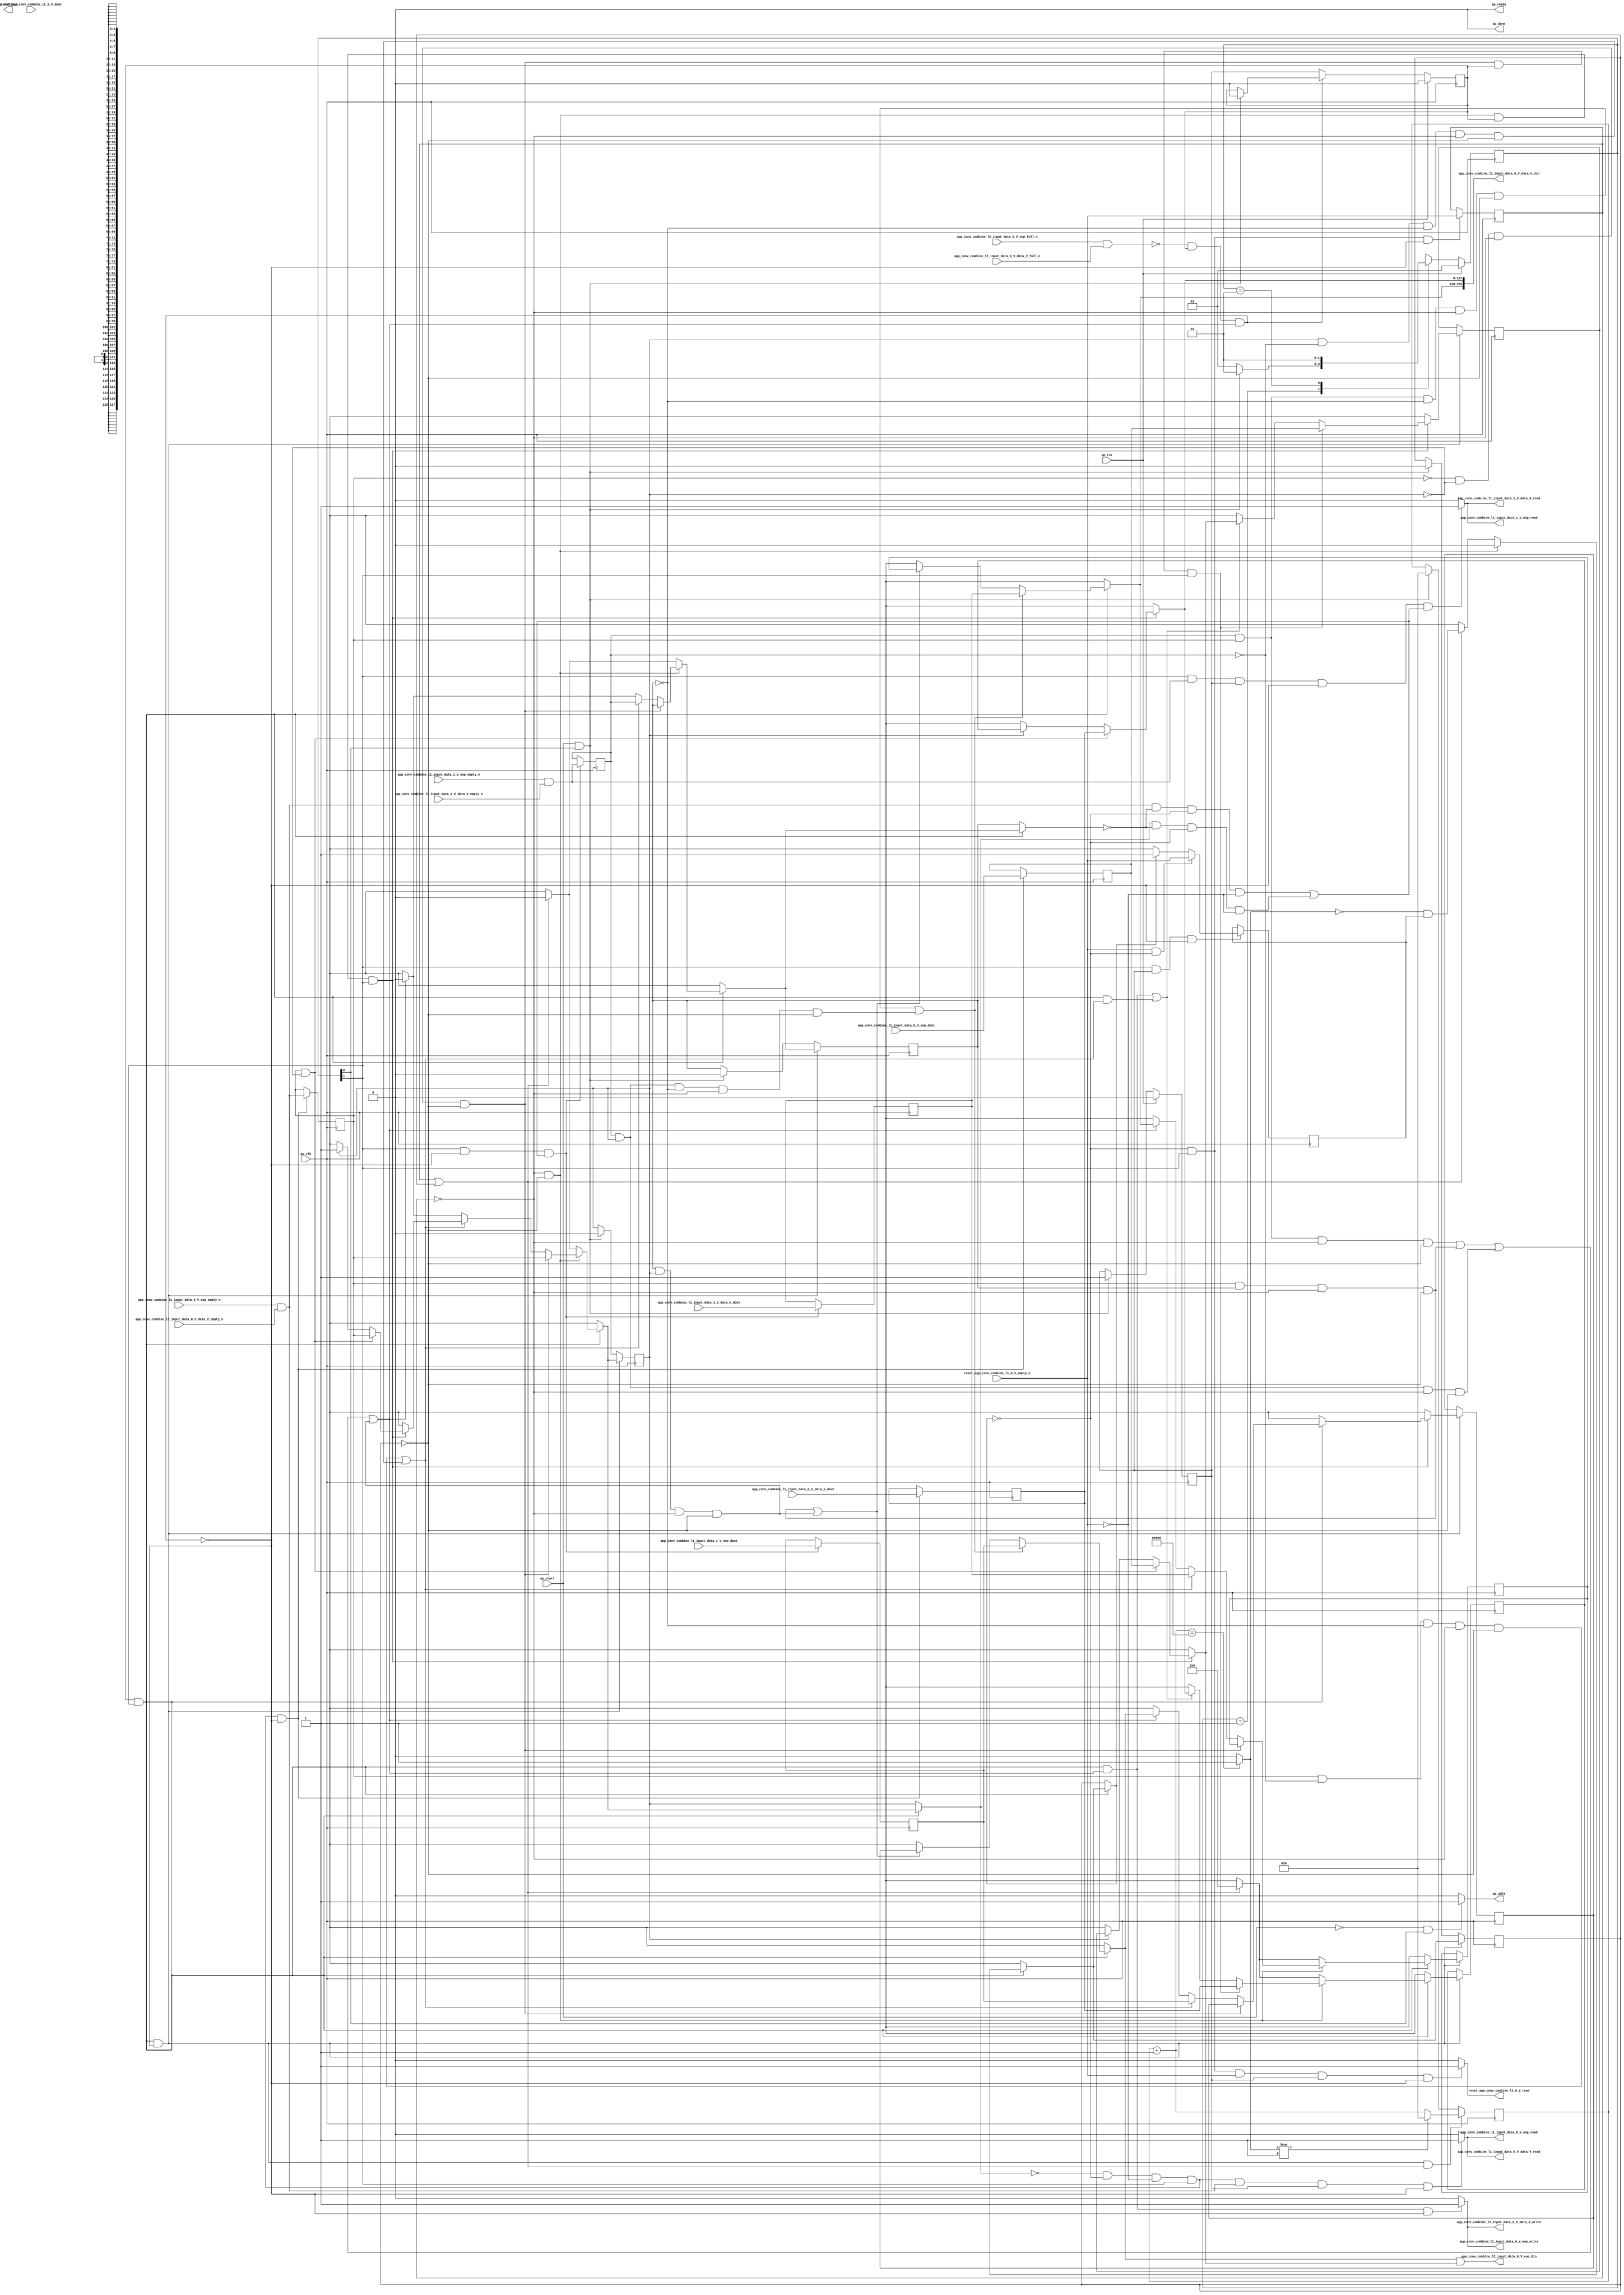
// ==============================================================
// RTL generated by Vivado(TM) HLS - High-Level Synthesis from C, C++ and SystemC
// Version: 2017.4.op
// Copyright (C) 1986-2018 Xilinx, Inc. All Rights Reserved.
// 
// ===========================================================

`timescale 1 ns / 1 ps 

(* CORE_GENERATION_INFO="app_conv_combine_l1_0,hls_ip_2017_4_op,{HLS_INPUT_TYPE=cxx,HLS_INPUT_FLOAT=0,HLS_INPUT_FIXED=0,HLS_INPUT_PART=xcvu9p-flgb2104-2-i,HLS_INPUT_CLOCK=4.000000,HLS_INPUT_ARCH=others,HLS_SYN_CLOCK=3.025500,HLS_SYN_LAT=-1,HLS_SYN_TPT=none,HLS_SYN_MEM=0,HLS_SYN_DSP=0,HLS_SYN_FF=559,HLS_SYN_LUT=646}" *)

module app_conv_combine_l1_0 (
        ap_clk,
        ap_rst,
        ap_start,
        ap_done,
ap_continue,
        ap_idle,
        ap_ready,
        reset_app_conv_combine_l1_0_V_dout,
        reset_app_conv_combine_l1_0_V_empty_n,
        reset_app_conv_combine_l1_0_V_read,
        app_conv_combine_l1_input_data_0_V_data_V_dout,
        app_conv_combine_l1_input_data_0_V_data_V_empty_n,
        app_conv_combine_l1_input_data_0_V_data_V_read,
        app_conv_combine_l1_input_data_0_V_eop_dout,
        app_conv_combine_l1_input_data_0_V_eop_empty_n,
        app_conv_combine_l1_input_data_0_V_eop_read,
        app_conv_combine_l1_input_data_1_V_data_V_dout,
        app_conv_combine_l1_input_data_1_V_data_V_empty_n,
        app_conv_combine_l1_input_data_1_V_data_V_read,
        app_conv_combine_l1_input_data_1_V_eop_dout,
        app_conv_combine_l1_input_data_1_V_eop_empty_n,
        app_conv_combine_l1_input_data_1_V_eop_read,
        app_conv_combine_l2_input_data_0_V_data_V_din,
        app_conv_combine_l2_input_data_0_V_data_V_full_n,
        app_conv_combine_l2_input_data_0_V_data_V_write,
        app_conv_combine_l2_input_data_0_V_eop_din,
        app_conv_combine_l2_input_data_0_V_eop_full_n,
        app_conv_combine_l2_input_data_0_V_eop_write
);

parameter    ap_ST_fsm_state1 = 2'd1;
parameter    ap_ST_fsm_pp0_stage0 = 2'd2;

input   ap_clk;
input   ap_rst;
input   ap_start;
output   ap_done;
output   ap_idle;
output ap_ready; output ap_continue;
input   reset_app_conv_combine_l1_0_V_dout;
input   reset_app_conv_combine_l1_0_V_empty_n;
output   reset_app_conv_combine_l1_0_V_read;
input  [127:0] app_conv_combine_l1_input_data_0_V_data_V_dout;
input   app_conv_combine_l1_input_data_0_V_data_V_empty_n;
output   app_conv_combine_l1_input_data_0_V_data_V_read;
input   app_conv_combine_l1_input_data_0_V_eop_dout;
input   app_conv_combine_l1_input_data_0_V_eop_empty_n;
output   app_conv_combine_l1_input_data_0_V_eop_read;
input  [127:0] app_conv_combine_l1_input_data_1_V_data_V_dout;
input   app_conv_combine_l1_input_data_1_V_data_V_empty_n;
output   app_conv_combine_l1_input_data_1_V_data_V_read;
input   app_conv_combine_l1_input_data_1_V_eop_dout;
input   app_conv_combine_l1_input_data_1_V_eop_empty_n;
output   app_conv_combine_l1_input_data_1_V_eop_read;
output  [255:0] app_conv_combine_l2_input_data_0_V_data_V_din;
input   app_conv_combine_l2_input_data_0_V_data_V_full_n;
output   app_conv_combine_l2_input_data_0_V_data_V_write;
output   app_conv_combine_l2_input_data_0_V_eop_din;
input   app_conv_combine_l2_input_data_0_V_eop_full_n;
output   app_conv_combine_l2_input_data_0_V_eop_write;

reg ap_idle;
reg reset_app_conv_combine_l1_0_V_read;

(* fsm_encoding = "none" *) reg   [1:0] ap_CS_fsm;
wire    ap_CS_fsm_state1;
reg    app_conv_combine_l2_input_data_0_V_data_V_blk_n;
wire    ap_CS_fsm_pp0_stage0;
reg    ap_enable_reg_pp0_iter1;
wire    ap_block_pp0_stage0;
reg   [0:0] reset_reg_208;
reg   [0:0] empty_n_reg_589;
reg   [0:0] data_0_ready_reg_196;
reg   [0:0] data_1_ready_reg_184;
reg   [0:0] empty_n_3_reg_594;
reg   [0:0] empty_n_4_reg_612;
reg    app_conv_combine_l2_input_data_0_V_eop_blk_n;
reg   [0:0] input_data_1_1_reg_220;
reg   [127:0] input_data_1_reg_231;
reg   [0:0] input_data_0_1_reg_242;
reg   [127:0] input_data_0_reg_253;
wire   [0:0] empty_n_fu_497_p1;
wire    ap_block_state2_pp0_stage0_iter0;
wire    app_conv_combine_l2_input_data_0_V_eop1_status;
reg    ap_predicate_op54_write_state3;
reg    ap_block_state3_pp0_stage0_iter1;
reg    ap_block_pp0_stage0_11001;
reg   [0:0] ap_phi_mux_reset_phi_fu_212_p4;
wire   [0:0] empty_n_3_fu_501_p1;
reg   [0:0] ap_phi_mux_data_0_ready_phi_fu_200_p4;
reg   [127:0] tmp_data_V_1_reg_600;
reg   [0:0] tmp_eop_1_reg_606;
reg   [0:0] ap_phi_mux_data_1_ready_phi_fu_188_p4;
reg   [127:0] tmp_data_V_2_reg_617;
reg   [0:0] tmp_eop_2_reg_623;
reg    ap_enable_reg_pp0_iter0;
reg    ap_block_pp0_stage0_subdone;
reg   [0:0] ap_phi_mux_data_1_ready_be_phi_fu_458_p4;
reg   [0:0] ap_phi_mux_data_0_ready_be_phi_fu_471_p4;
reg   [0:0] ap_phi_mux_reset_be_phi_fu_484_p4;
reg   [0:0] ap_phi_mux_input_data_1_1_be_phi_fu_406_p4;
reg   [127:0] ap_phi_mux_input_data_1_be_phi_fu_419_p4;
reg   [0:0] ap_phi_mux_input_data_0_1_be_phi_fu_432_p4;
reg   [127:0] ap_phi_mux_input_data_0_be_phi_fu_445_p4;
reg   [0:0] ap_phi_mux_input_data_0_1_1_phi_fu_267_p4;
wire   [0:0] ap_phi_reg_pp0_iter1_input_data_0_1_1_reg_264;
reg   [127:0] ap_phi_mux_input_data_0_0_1_phi_fu_277_p4;
wire   [127:0] ap_phi_reg_pp0_iter1_input_data_0_0_1_reg_274;
reg   [0:0] ap_phi_mux_data_0_ready_1_phi_fu_287_p4;
wire   [0:0] ap_phi_reg_pp0_iter1_data_0_ready_1_reg_284;
reg   [0:0] ap_phi_mux_input_data_1_1_1_phi_fu_297_p4;
wire   [0:0] ap_phi_reg_pp0_iter1_input_data_1_1_1_reg_294;
reg   [127:0] ap_phi_mux_input_data_1_0_1_phi_fu_307_p4;
wire   [127:0] ap_phi_reg_pp0_iter1_input_data_1_0_1_reg_304;
reg   [0:0] ap_phi_mux_input_data_1_1_2_phi_fu_317_p6;
wire   [0:0] ap_phi_reg_pp0_iter1_input_data_1_1_2_reg_314;
reg   [127:0] ap_phi_mux_input_data_1_0_2_phi_fu_330_p6;
wire   [127:0] ap_phi_reg_pp0_iter1_input_data_1_0_2_reg_327;
reg   [0:0] ap_phi_mux_input_data_0_1_2_phi_fu_343_p6;
wire   [0:0] ap_phi_reg_pp0_iter1_input_data_0_1_2_reg_340;
reg   [127:0] ap_phi_mux_input_data_0_0_2_phi_fu_356_p6;
wire   [127:0] ap_phi_reg_pp0_iter1_input_data_0_0_2_reg_353;
reg   [0:0] ap_phi_mux_data_1_ready_1_phi_fu_369_p6;
wire   [0:0] ap_phi_reg_pp0_iter1_data_1_ready_1_reg_366;
reg   [0:0] ap_phi_mux_data_0_ready_2_phi_fu_382_p6;
wire   [0:0] ap_phi_reg_pp0_iter1_data_0_ready_2_reg_379;
wire   [0:0] ap_phi_reg_pp0_iter0_reset_1_reg_392;
reg   [0:0] ap_phi_reg_pp0_iter1_reset_1_reg_392;
wire   [0:0] ap_phi_reg_pp0_iter1_input_data_1_1_be_reg_402;
wire   [127:0] ap_phi_reg_pp0_iter1_input_data_1_be_reg_415;
wire   [0:0] ap_phi_reg_pp0_iter1_input_data_0_1_be_reg_428;
wire   [127:0] ap_phi_reg_pp0_iter1_input_data_0_be_reg_441;
wire   [0:0] ap_phi_reg_pp0_iter1_data_1_ready_be_reg_454;
wire   [0:0] ap_phi_reg_pp0_iter1_data_0_ready_be_reg_467;
wire   [0:0] p_reset_1_fu_562_p2;
wire   [0:0] ap_phi_reg_pp0_iter1_reset_be_reg_480;
reg    app_conv_combine_l1_input_data_0_V_eop0_update;
wire   [0:0] empty_n_1_nbread_fu_158_p3_0;
reg    app_conv_combine_l1_input_data_1_V_eop0_update;
wire   [0:0] empty_n_2_nbread_fu_166_p3_0;
reg    app_conv_combine_l2_input_data_0_V_eop1_update;
reg    ap_block_pp0_stage0_01001;
reg   [31:0] reset_cnt_fu_148;
wire   [31:0] p_s_fu_569_p3;
wire   [31:0] reset_cnt_1_fu_544_p2;
wire   [0:0] tmp_4_fu_550_p2;
wire   [0:0] not_s_fu_556_p2;
reg   [1:0] ap_NS_fsm;
reg    ap_idle_pp0;
wire    ap_enable_pp0;
reg    ap_condition_273;
reg    ap_condition_87;
reg    ap_condition_239;
reg    ap_condition_245;
reg    ap_condition_63;
reg    ap_condition_81;
reg    ap_condition_224;
reg    ap_condition_265;

// power-on initialization
initial begin
#0 ap_CS_fsm = 2'd1;
#0 ap_enable_reg_pp0_iter1 = 1'b0;
#0 ap_enable_reg_pp0_iter0 = 1'b0;
end

always @ (posedge ap_clk) begin
    if (ap_rst == 1'b1) begin
        ap_CS_fsm <= ap_ST_fsm_state1;
    end else begin
        ap_CS_fsm <= ap_NS_fsm;
    end
end

always @ (posedge ap_clk) begin
    if (ap_rst == 1'b1) begin
        ap_enable_reg_pp0_iter0 <= 1'b0;
    end else begin
        if (((ap_start == 1'b1) & (1'b1 == ap_CS_fsm_state1))) begin
            ap_enable_reg_pp0_iter0 <= 1'b1;
        end
    end
end

always @ (posedge ap_clk) begin
    if (ap_rst == 1'b1) begin
        ap_enable_reg_pp0_iter1 <= 1'b0;
    end else begin
        if ((1'b0 == ap_block_pp0_stage0_subdone)) begin
            ap_enable_reg_pp0_iter1 <= ap_enable_reg_pp0_iter0;
        end else if (((ap_start == 1'b1) & (1'b1 == ap_CS_fsm_state1))) begin
            ap_enable_reg_pp0_iter1 <= 1'b0;
        end
    end
end

always @ (posedge ap_clk) begin
    if ((1'b1 == ap_condition_265)) begin
        if (((empty_n_fu_497_p1 == 1'd1) & (ap_phi_mux_reset_phi_fu_212_p4 == 1'd0))) begin
            ap_phi_reg_pp0_iter1_reset_1_reg_392 <= reset_app_conv_combine_l1_0_V_empty_n;
        end else if ((ap_phi_mux_reset_phi_fu_212_p4 == 1'd1)) begin
            ap_phi_reg_pp0_iter1_reset_1_reg_392 <= ap_phi_mux_reset_phi_fu_212_p4;
        end else if ((1'b1 == 1'b1)) begin
            ap_phi_reg_pp0_iter1_reset_1_reg_392 <= ap_phi_reg_pp0_iter0_reset_1_reg_392;
        end
    end
end

always @ (posedge ap_clk) begin
    if (((ap_enable_reg_pp0_iter1 == 1'b1) & (1'b1 == ap_CS_fsm_pp0_stage0) & (1'b0 == ap_block_pp0_stage0_11001))) begin
        data_0_ready_reg_196 <= ap_phi_mux_data_0_ready_be_phi_fu_471_p4;
    end else if (((ap_start == 1'b1) & (1'b1 == ap_CS_fsm_state1))) begin
        data_0_ready_reg_196 <= 1'd0;
    end
end

always @ (posedge ap_clk) begin
    if (((ap_enable_reg_pp0_iter1 == 1'b1) & (1'b1 == ap_CS_fsm_pp0_stage0) & (1'b0 == ap_block_pp0_stage0_11001))) begin
        data_1_ready_reg_184 <= ap_phi_mux_data_1_ready_be_phi_fu_458_p4;
    end else if (((ap_start == 1'b1) & (1'b1 == ap_CS_fsm_state1))) begin
        data_1_ready_reg_184 <= 1'd0;
    end
end

always @ (posedge ap_clk) begin
    if (((ap_enable_reg_pp0_iter1 == 1'b1) & (1'b1 == ap_CS_fsm_pp0_stage0) & (1'b0 == ap_block_pp0_stage0_11001) & ((empty_n_reg_589 == 1'd1) | (reset_reg_208 == 1'd1)))) begin
        reset_cnt_fu_148 <= p_s_fu_569_p3;
    end else if (((ap_start == 1'b1) & (1'b1 == ap_CS_fsm_state1))) begin
        reset_cnt_fu_148 <= 32'd0;
    end
end

always @ (posedge ap_clk) begin
    if (((ap_enable_reg_pp0_iter1 == 1'b1) & (1'b1 == ap_CS_fsm_pp0_stage0) & (1'b0 == ap_block_pp0_stage0_11001))) begin
        reset_reg_208 <= ap_phi_mux_reset_be_phi_fu_484_p4;
    end else if (((ap_start == 1'b1) & (1'b1 == ap_CS_fsm_state1))) begin
        reset_reg_208 <= 1'd0;
    end
end

always @ (posedge ap_clk) begin
    if (((ap_phi_mux_data_0_ready_phi_fu_200_p4 == 1'd0) & (ap_phi_mux_reset_phi_fu_212_p4 == 1'd0) & (empty_n_fu_497_p1 == 1'd0) & (1'b1 == ap_CS_fsm_pp0_stage0) & (1'b0 == ap_block_pp0_stage0_11001))) begin
        empty_n_3_reg_594 <= empty_n_1_nbread_fu_158_p3_0;
        tmp_data_V_1_reg_600 <= app_conv_combine_l1_input_data_0_V_data_V_dout;
        tmp_eop_1_reg_606 <= app_conv_combine_l1_input_data_0_V_eop_dout;
    end
end

always @ (posedge ap_clk) begin
    if (((1'b1 == ap_CS_fsm_pp0_stage0) & (1'b0 == ap_block_pp0_stage0_11001) & (((empty_n_3_fu_501_p1 == 1'd1) & (ap_phi_mux_data_1_ready_phi_fu_188_p4 == 1'd0) & (ap_phi_mux_reset_phi_fu_212_p4 == 1'd0) & (empty_n_fu_497_p1 == 1'd0)) | ((ap_phi_mux_data_0_ready_phi_fu_200_p4 == 1'd1) & (ap_phi_mux_data_1_ready_phi_fu_188_p4 == 1'd0) & (ap_phi_mux_reset_phi_fu_212_p4 == 1'd0) & (empty_n_fu_497_p1 == 1'd0))))) begin
        empty_n_4_reg_612 <= empty_n_2_nbread_fu_166_p3_0;
        tmp_data_V_2_reg_617 <= app_conv_combine_l1_input_data_1_V_data_V_dout;
        tmp_eop_2_reg_623 <= app_conv_combine_l1_input_data_1_V_eop_dout;
    end
end

always @ (posedge ap_clk) begin
    if (((ap_phi_mux_reset_phi_fu_212_p4 == 1'd0) & (1'b1 == ap_CS_fsm_pp0_stage0) & (1'b0 == ap_block_pp0_stage0_11001))) begin
        empty_n_reg_589 <= reset_app_conv_combine_l1_0_V_empty_n;
    end
end

always @ (posedge ap_clk) begin
    if (((ap_enable_reg_pp0_iter1 == 1'b1) & (1'b1 == ap_CS_fsm_pp0_stage0) & (1'b0 == ap_block_pp0_stage0_11001))) begin
        input_data_0_1_reg_242 <= ap_phi_mux_input_data_0_1_be_phi_fu_432_p4;
        input_data_0_reg_253 <= ap_phi_mux_input_data_0_be_phi_fu_445_p4;
        input_data_1_1_reg_220 <= ap_phi_mux_input_data_1_1_be_phi_fu_406_p4;
        input_data_1_reg_231 <= ap_phi_mux_input_data_1_be_phi_fu_419_p4;
    end
end

always @ (*) begin
    if (((ap_start == 1'b0) & (1'b1 == ap_CS_fsm_state1))) begin
        ap_idle = 1'b1;
    end else begin
        ap_idle = 1'b0;
    end
end

always @ (*) begin
    if (((ap_enable_reg_pp0_iter1 == 1'b0) & (ap_enable_reg_pp0_iter0 == 1'b0))) begin
        ap_idle_pp0 = 1'b1;
    end else begin
        ap_idle_pp0 = 1'b0;
    end
end

always @ (*) begin
    if ((1'b1 == ap_condition_273)) begin
        if (((empty_n_3_reg_594 == 1'd1) & (data_0_ready_reg_196 == 1'd0))) begin
            ap_phi_mux_data_0_ready_1_phi_fu_287_p4 = empty_n_3_reg_594;
        end else if ((data_0_ready_reg_196 == 1'd1)) begin
            ap_phi_mux_data_0_ready_1_phi_fu_287_p4 = data_0_ready_reg_196;
        end else begin
            ap_phi_mux_data_0_ready_1_phi_fu_287_p4 = ap_phi_reg_pp0_iter1_data_0_ready_1_reg_284;
        end
    end else begin
        ap_phi_mux_data_0_ready_1_phi_fu_287_p4 = ap_phi_reg_pp0_iter1_data_0_ready_1_reg_284;
    end
end

always @ (*) begin
    if ((1'b1 == ap_condition_63)) begin
        if ((1'b1 == ap_condition_245)) begin
            ap_phi_mux_data_0_ready_2_phi_fu_382_p6 = empty_n_3_reg_594;
        end else if ((1'b1 == ap_condition_239)) begin
            ap_phi_mux_data_0_ready_2_phi_fu_382_p6 = ap_phi_mux_data_0_ready_1_phi_fu_287_p4;
        end else if ((1'b1 == ap_condition_87)) begin
            ap_phi_mux_data_0_ready_2_phi_fu_382_p6 = 1'd0;
        end else begin
            ap_phi_mux_data_0_ready_2_phi_fu_382_p6 = ap_phi_reg_pp0_iter1_data_0_ready_2_reg_379;
        end
    end else begin
        ap_phi_mux_data_0_ready_2_phi_fu_382_p6 = ap_phi_reg_pp0_iter1_data_0_ready_2_reg_379;
    end
end

always @ (*) begin
    if ((1'b1 == ap_condition_63)) begin
        if (((empty_n_reg_589 == 1'd0) & (reset_reg_208 == 1'd0))) begin
            ap_phi_mux_data_0_ready_be_phi_fu_471_p4 = ap_phi_mux_data_0_ready_2_phi_fu_382_p6;
        end else if (((empty_n_reg_589 == 1'd1) | (reset_reg_208 == 1'd1))) begin
            ap_phi_mux_data_0_ready_be_phi_fu_471_p4 = 1'd0;
        end else begin
            ap_phi_mux_data_0_ready_be_phi_fu_471_p4 = ap_phi_reg_pp0_iter1_data_0_ready_be_reg_467;
        end
    end else begin
        ap_phi_mux_data_0_ready_be_phi_fu_471_p4 = ap_phi_reg_pp0_iter1_data_0_ready_be_reg_467;
    end
end

always @ (*) begin
    if (((1'b0 == ap_block_pp0_stage0) & (ap_enable_reg_pp0_iter1 == 1'b1) & (1'b1 == ap_CS_fsm_pp0_stage0))) begin
        ap_phi_mux_data_0_ready_phi_fu_200_p4 = ap_phi_mux_data_0_ready_be_phi_fu_471_p4;
    end else begin
        ap_phi_mux_data_0_ready_phi_fu_200_p4 = data_0_ready_reg_196;
    end
end

always @ (*) begin
    if ((1'b1 == ap_condition_63)) begin
        if ((1'b1 == ap_condition_245)) begin
            ap_phi_mux_data_1_ready_1_phi_fu_369_p6 = data_1_ready_reg_184;
        end else if ((1'b1 == ap_condition_239)) begin
            ap_phi_mux_data_1_ready_1_phi_fu_369_p6 = empty_n_4_reg_612;
        end else if ((1'b1 == ap_condition_87)) begin
            ap_phi_mux_data_1_ready_1_phi_fu_369_p6 = 1'd0;
        end else begin
            ap_phi_mux_data_1_ready_1_phi_fu_369_p6 = ap_phi_reg_pp0_iter1_data_1_ready_1_reg_366;
        end
    end else begin
        ap_phi_mux_data_1_ready_1_phi_fu_369_p6 = ap_phi_reg_pp0_iter1_data_1_ready_1_reg_366;
    end
end

always @ (*) begin
    if ((1'b1 == ap_condition_63)) begin
        if (((empty_n_reg_589 == 1'd0) & (reset_reg_208 == 1'd0))) begin
            ap_phi_mux_data_1_ready_be_phi_fu_458_p4 = ap_phi_mux_data_1_ready_1_phi_fu_369_p6;
        end else if (((empty_n_reg_589 == 1'd1) | (reset_reg_208 == 1'd1))) begin
            ap_phi_mux_data_1_ready_be_phi_fu_458_p4 = 1'd0;
        end else begin
            ap_phi_mux_data_1_ready_be_phi_fu_458_p4 = ap_phi_reg_pp0_iter1_data_1_ready_be_reg_454;
        end
    end else begin
        ap_phi_mux_data_1_ready_be_phi_fu_458_p4 = ap_phi_reg_pp0_iter1_data_1_ready_be_reg_454;
    end
end

always @ (*) begin
    if (((1'b0 == ap_block_pp0_stage0) & (ap_enable_reg_pp0_iter1 == 1'b1) & (1'b1 == ap_CS_fsm_pp0_stage0))) begin
        ap_phi_mux_data_1_ready_phi_fu_188_p4 = ap_phi_mux_data_1_ready_be_phi_fu_458_p4;
    end else begin
        ap_phi_mux_data_1_ready_phi_fu_188_p4 = data_1_ready_reg_184;
    end
end

always @ (*) begin
    if ((1'b1 == ap_condition_273)) begin
        if (((empty_n_3_reg_594 == 1'd1) & (data_0_ready_reg_196 == 1'd0))) begin
            ap_phi_mux_input_data_0_0_1_phi_fu_277_p4 = tmp_data_V_1_reg_600;
        end else if ((data_0_ready_reg_196 == 1'd1)) begin
            ap_phi_mux_input_data_0_0_1_phi_fu_277_p4 = input_data_0_reg_253;
        end else begin
            ap_phi_mux_input_data_0_0_1_phi_fu_277_p4 = ap_phi_reg_pp0_iter1_input_data_0_0_1_reg_274;
        end
    end else begin
        ap_phi_mux_input_data_0_0_1_phi_fu_277_p4 = ap_phi_reg_pp0_iter1_input_data_0_0_1_reg_274;
    end
end

always @ (*) begin
    if (((empty_n_3_reg_594 == 1'd0) & (data_0_ready_reg_196 == 1'd0) & (empty_n_reg_589 == 1'd0) & (reset_reg_208 == 1'd0) & (1'b0 == ap_block_pp0_stage0) & (ap_enable_reg_pp0_iter1 == 1'b1) & (1'b1 == ap_CS_fsm_pp0_stage0))) begin
        ap_phi_mux_input_data_0_0_2_phi_fu_356_p6 = tmp_data_V_1_reg_600;
    end else if ((((1'b0 == ap_block_pp0_stage0) & (ap_enable_reg_pp0_iter1 == 1'b1) & (1'b1 == ap_CS_fsm_pp0_stage0) & (((empty_n_4_reg_612 == 1'd1) & (empty_n_3_reg_594 == 1'd1) & (empty_n_reg_589 == 1'd0) & (reset_reg_208 == 1'd0)) | ((empty_n_3_reg_594 == 1'd1) & (data_1_ready_reg_184 == 1'd1) & (empty_n_reg_589 == 1'd0) & (reset_reg_208 == 1'd0)) | ((empty_n_4_reg_612 == 1'd1) & (data_0_ready_reg_196 == 1'd1) & (empty_n_reg_589 == 1'd0) & (reset_reg_208 == 1'd0)) | ((data_1_ready_reg_184 == 1'd1) & (data_0_ready_reg_196 == 1'd1) & (empty_n_reg_589 == 1'd0) & (reset_reg_208 == 1'd0)))) | ((1'b0 == ap_block_pp0_stage0) & (ap_enable_reg_pp0_iter1 == 1'b1) & (1'b1 == ap_CS_fsm_pp0_stage0) & (((empty_n_3_reg_594 == 1'd1) & (empty_n_4_reg_612 == 1'd0) & (data_1_ready_reg_184 == 1'd0) & (empty_n_reg_589 == 1'd0) & (reset_reg_208 == 1'd0)) | ((data_0_ready_reg_196 == 1'd1) & (empty_n_4_reg_612 == 1'd0) & (data_1_ready_reg_184 == 1'd0) & (empty_n_reg_589 == 1'd0) & (reset_reg_208 == 1'd0)))))) begin
        ap_phi_mux_input_data_0_0_2_phi_fu_356_p6 = ap_phi_mux_input_data_0_0_1_phi_fu_277_p4;
    end else begin
        ap_phi_mux_input_data_0_0_2_phi_fu_356_p6 = ap_phi_reg_pp0_iter1_input_data_0_0_2_reg_353;
    end
end

always @ (*) begin
    if ((1'b1 == ap_condition_273)) begin
        if (((empty_n_3_reg_594 == 1'd1) & (data_0_ready_reg_196 == 1'd0))) begin
            ap_phi_mux_input_data_0_1_1_phi_fu_267_p4 = tmp_eop_1_reg_606;
        end else if ((data_0_ready_reg_196 == 1'd1)) begin
            ap_phi_mux_input_data_0_1_1_phi_fu_267_p4 = input_data_0_1_reg_242;
        end else begin
            ap_phi_mux_input_data_0_1_1_phi_fu_267_p4 = ap_phi_reg_pp0_iter1_input_data_0_1_1_reg_264;
        end
    end else begin
        ap_phi_mux_input_data_0_1_1_phi_fu_267_p4 = ap_phi_reg_pp0_iter1_input_data_0_1_1_reg_264;
    end
end

always @ (*) begin
    if (((empty_n_3_reg_594 == 1'd0) & (data_0_ready_reg_196 == 1'd0) & (empty_n_reg_589 == 1'd0) & (reset_reg_208 == 1'd0) & (1'b0 == ap_block_pp0_stage0) & (ap_enable_reg_pp0_iter1 == 1'b1) & (1'b1 == ap_CS_fsm_pp0_stage0))) begin
        ap_phi_mux_input_data_0_1_2_phi_fu_343_p6 = tmp_eop_1_reg_606;
    end else if ((((1'b0 == ap_block_pp0_stage0) & (ap_enable_reg_pp0_iter1 == 1'b1) & (1'b1 == ap_CS_fsm_pp0_stage0) & (((empty_n_4_reg_612 == 1'd1) & (empty_n_3_reg_594 == 1'd1) & (empty_n_reg_589 == 1'd0) & (reset_reg_208 == 1'd0)) | ((empty_n_3_reg_594 == 1'd1) & (data_1_ready_reg_184 == 1'd1) & (empty_n_reg_589 == 1'd0) & (reset_reg_208 == 1'd0)) | ((empty_n_4_reg_612 == 1'd1) & (data_0_ready_reg_196 == 1'd1) & (empty_n_reg_589 == 1'd0) & (reset_reg_208 == 1'd0)) | ((data_1_ready_reg_184 == 1'd1) & (data_0_ready_reg_196 == 1'd1) & (empty_n_reg_589 == 1'd0) & (reset_reg_208 == 1'd0)))) | ((1'b0 == ap_block_pp0_stage0) & (ap_enable_reg_pp0_iter1 == 1'b1) & (1'b1 == ap_CS_fsm_pp0_stage0) & (((empty_n_3_reg_594 == 1'd1) & (empty_n_4_reg_612 == 1'd0) & (data_1_ready_reg_184 == 1'd0) & (empty_n_reg_589 == 1'd0) & (reset_reg_208 == 1'd0)) | ((data_0_ready_reg_196 == 1'd1) & (empty_n_4_reg_612 == 1'd0) & (data_1_ready_reg_184 == 1'd0) & (empty_n_reg_589 == 1'd0) & (reset_reg_208 == 1'd0)))))) begin
        ap_phi_mux_input_data_0_1_2_phi_fu_343_p6 = ap_phi_mux_input_data_0_1_1_phi_fu_267_p4;
    end else begin
        ap_phi_mux_input_data_0_1_2_phi_fu_343_p6 = ap_phi_reg_pp0_iter1_input_data_0_1_2_reg_340;
    end
end

always @ (*) begin
    if (((empty_n_reg_589 == 1'd0) & (reset_reg_208 == 1'd0) & (1'b0 == ap_block_pp0_stage0) & (ap_enable_reg_pp0_iter1 == 1'b1) & (1'b1 == ap_CS_fsm_pp0_stage0))) begin
        ap_phi_mux_input_data_0_1_be_phi_fu_432_p4 = ap_phi_mux_input_data_0_1_2_phi_fu_343_p6;
    end else begin
        ap_phi_mux_input_data_0_1_be_phi_fu_432_p4 = ap_phi_reg_pp0_iter1_input_data_0_1_be_reg_428;
    end
end

always @ (*) begin
    if ((1'b1 == ap_condition_63)) begin
        if (((empty_n_reg_589 == 1'd0) & (reset_reg_208 == 1'd0))) begin
            ap_phi_mux_input_data_0_be_phi_fu_445_p4 = ap_phi_mux_input_data_0_0_2_phi_fu_356_p6;
        end else if (((empty_n_reg_589 == 1'd1) | (reset_reg_208 == 1'd1))) begin
            ap_phi_mux_input_data_0_be_phi_fu_445_p4 = 128'd0;
        end else begin
            ap_phi_mux_input_data_0_be_phi_fu_445_p4 = ap_phi_reg_pp0_iter1_input_data_0_be_reg_441;
        end
    end else begin
        ap_phi_mux_input_data_0_be_phi_fu_445_p4 = ap_phi_reg_pp0_iter1_input_data_0_be_reg_441;
    end
end

always @ (*) begin
    if ((1'b1 == ap_condition_63)) begin
        if ((1'b1 == ap_condition_224)) begin
            ap_phi_mux_input_data_1_0_1_phi_fu_307_p4 = tmp_data_V_2_reg_617;
        end else if ((1'b1 == ap_condition_81)) begin
            ap_phi_mux_input_data_1_0_1_phi_fu_307_p4 = input_data_1_reg_231;
        end else begin
            ap_phi_mux_input_data_1_0_1_phi_fu_307_p4 = ap_phi_reg_pp0_iter1_input_data_1_0_1_reg_304;
        end
    end else begin
        ap_phi_mux_input_data_1_0_1_phi_fu_307_p4 = ap_phi_reg_pp0_iter1_input_data_1_0_1_reg_304;
    end
end

always @ (*) begin
    if ((1'b1 == ap_condition_63)) begin
        if ((1'b1 == ap_condition_245)) begin
            ap_phi_mux_input_data_1_0_2_phi_fu_330_p6 = input_data_1_reg_231;
        end else if ((1'b1 == ap_condition_239)) begin
            ap_phi_mux_input_data_1_0_2_phi_fu_330_p6 = tmp_data_V_2_reg_617;
        end else if ((1'b1 == ap_condition_87)) begin
            ap_phi_mux_input_data_1_0_2_phi_fu_330_p6 = ap_phi_mux_input_data_1_0_1_phi_fu_307_p4;
        end else begin
            ap_phi_mux_input_data_1_0_2_phi_fu_330_p6 = ap_phi_reg_pp0_iter1_input_data_1_0_2_reg_327;
        end
    end else begin
        ap_phi_mux_input_data_1_0_2_phi_fu_330_p6 = ap_phi_reg_pp0_iter1_input_data_1_0_2_reg_327;
    end
end

always @ (*) begin
    if ((1'b1 == ap_condition_63)) begin
        if ((1'b1 == ap_condition_224)) begin
            ap_phi_mux_input_data_1_1_1_phi_fu_297_p4 = tmp_eop_2_reg_623;
        end else if ((1'b1 == ap_condition_81)) begin
            ap_phi_mux_input_data_1_1_1_phi_fu_297_p4 = input_data_1_1_reg_220;
        end else begin
            ap_phi_mux_input_data_1_1_1_phi_fu_297_p4 = ap_phi_reg_pp0_iter1_input_data_1_1_1_reg_294;
        end
    end else begin
        ap_phi_mux_input_data_1_1_1_phi_fu_297_p4 = ap_phi_reg_pp0_iter1_input_data_1_1_1_reg_294;
    end
end

always @ (*) begin
    if ((1'b1 == ap_condition_63)) begin
        if ((1'b1 == ap_condition_245)) begin
            ap_phi_mux_input_data_1_1_2_phi_fu_317_p6 = input_data_1_1_reg_220;
        end else if ((1'b1 == ap_condition_239)) begin
            ap_phi_mux_input_data_1_1_2_phi_fu_317_p6 = tmp_eop_2_reg_623;
        end else if ((1'b1 == ap_condition_87)) begin
            ap_phi_mux_input_data_1_1_2_phi_fu_317_p6 = ap_phi_mux_input_data_1_1_1_phi_fu_297_p4;
        end else begin
            ap_phi_mux_input_data_1_1_2_phi_fu_317_p6 = ap_phi_reg_pp0_iter1_input_data_1_1_2_reg_314;
        end
    end else begin
        ap_phi_mux_input_data_1_1_2_phi_fu_317_p6 = ap_phi_reg_pp0_iter1_input_data_1_1_2_reg_314;
    end
end

always @ (*) begin
    if (((empty_n_reg_589 == 1'd0) & (reset_reg_208 == 1'd0) & (1'b0 == ap_block_pp0_stage0) & (ap_enable_reg_pp0_iter1 == 1'b1) & (1'b1 == ap_CS_fsm_pp0_stage0))) begin
        ap_phi_mux_input_data_1_1_be_phi_fu_406_p4 = ap_phi_mux_input_data_1_1_2_phi_fu_317_p6;
    end else begin
        ap_phi_mux_input_data_1_1_be_phi_fu_406_p4 = ap_phi_reg_pp0_iter1_input_data_1_1_be_reg_402;
    end
end

always @ (*) begin
    if ((1'b1 == ap_condition_63)) begin
        if (((empty_n_reg_589 == 1'd0) & (reset_reg_208 == 1'd0))) begin
            ap_phi_mux_input_data_1_be_phi_fu_419_p4 = ap_phi_mux_input_data_1_0_2_phi_fu_330_p6;
        end else if (((empty_n_reg_589 == 1'd1) | (reset_reg_208 == 1'd1))) begin
            ap_phi_mux_input_data_1_be_phi_fu_419_p4 = 128'd0;
        end else begin
            ap_phi_mux_input_data_1_be_phi_fu_419_p4 = ap_phi_reg_pp0_iter1_input_data_1_be_reg_415;
        end
    end else begin
        ap_phi_mux_input_data_1_be_phi_fu_419_p4 = ap_phi_reg_pp0_iter1_input_data_1_be_reg_415;
    end
end

always @ (*) begin
    if ((1'b1 == ap_condition_63)) begin
        if (((empty_n_reg_589 == 1'd0) & (reset_reg_208 == 1'd0))) begin
            ap_phi_mux_reset_be_phi_fu_484_p4 = 1'd0;
        end else if (((empty_n_reg_589 == 1'd1) | (reset_reg_208 == 1'd1))) begin
            ap_phi_mux_reset_be_phi_fu_484_p4 = p_reset_1_fu_562_p2;
        end else begin
            ap_phi_mux_reset_be_phi_fu_484_p4 = ap_phi_reg_pp0_iter1_reset_be_reg_480;
        end
    end else begin
        ap_phi_mux_reset_be_phi_fu_484_p4 = ap_phi_reg_pp0_iter1_reset_be_reg_480;
    end
end

always @ (*) begin
    if (((1'b0 == ap_block_pp0_stage0) & (ap_enable_reg_pp0_iter1 == 1'b1) & (1'b1 == ap_CS_fsm_pp0_stage0))) begin
        ap_phi_mux_reset_phi_fu_212_p4 = ap_phi_mux_reset_be_phi_fu_484_p4;
    end else begin
        ap_phi_mux_reset_phi_fu_212_p4 = reset_reg_208;
    end
end

always @ (*) begin
    if (((ap_phi_mux_data_0_ready_phi_fu_200_p4 == 1'd0) & (ap_phi_mux_reset_phi_fu_212_p4 == 1'd0) & (empty_n_fu_497_p1 == 1'd0) & (1'b1 == ap_CS_fsm_pp0_stage0) & ((app_conv_combine_l1_input_data_0_V_eop_empty_n & app_conv_combine_l1_input_data_0_V_data_V_empty_n) == 1'b1) & (ap_enable_reg_pp0_iter0 == 1'b1) & (1'b0 == ap_block_pp0_stage0_11001))) begin
        app_conv_combine_l1_input_data_0_V_eop0_update = 1'b1;
    end else begin
        app_conv_combine_l1_input_data_0_V_eop0_update = 1'b0;
    end
end

always @ (*) begin
    if (((1'b1 == ap_CS_fsm_pp0_stage0) & ((app_conv_combine_l1_input_data_1_V_eop_empty_n & app_conv_combine_l1_input_data_1_V_data_V_empty_n) == 1'b1) & (ap_enable_reg_pp0_iter0 == 1'b1) & (1'b0 == ap_block_pp0_stage0_11001) & (((empty_n_3_fu_501_p1 == 1'd1) & (ap_phi_mux_data_1_ready_phi_fu_188_p4 == 1'd0) & (ap_phi_mux_reset_phi_fu_212_p4 == 1'd0) & (empty_n_fu_497_p1 == 1'd0)) | ((ap_phi_mux_data_0_ready_phi_fu_200_p4 == 1'd1) & (ap_phi_mux_data_1_ready_phi_fu_188_p4 == 1'd0) & (ap_phi_mux_reset_phi_fu_212_p4 == 1'd0) & (empty_n_fu_497_p1 == 1'd0))))) begin
        app_conv_combine_l1_input_data_1_V_eop0_update = 1'b1;
    end else begin
        app_conv_combine_l1_input_data_1_V_eop0_update = 1'b0;
    end
end

always @ (*) begin
    if (((1'b0 == ap_block_pp0_stage0) & (ap_enable_reg_pp0_iter1 == 1'b1) & (1'b1 == ap_CS_fsm_pp0_stage0) & (((empty_n_4_reg_612 == 1'd1) & (empty_n_3_reg_594 == 1'd1) & (empty_n_reg_589 == 1'd0) & (reset_reg_208 == 1'd0)) | ((empty_n_3_reg_594 == 1'd1) & (data_1_ready_reg_184 == 1'd1) & (empty_n_reg_589 == 1'd0) & (reset_reg_208 == 1'd0)) | ((empty_n_4_reg_612 == 1'd1) & (data_0_ready_reg_196 == 1'd1) & (empty_n_reg_589 == 1'd0) & (reset_reg_208 == 1'd0)) | ((data_1_ready_reg_184 == 1'd1) & (data_0_ready_reg_196 == 1'd1) & (empty_n_reg_589 == 1'd0) & (reset_reg_208 == 1'd0))))) begin
        app_conv_combine_l2_input_data_0_V_data_V_blk_n = app_conv_combine_l2_input_data_0_V_data_V_full_n;
    end else begin
        app_conv_combine_l2_input_data_0_V_data_V_blk_n = 1'b1;
    end
end

always @ (*) begin
    if (((ap_enable_reg_pp0_iter1 == 1'b1) & (1'b1 == ap_CS_fsm_pp0_stage0) & (ap_predicate_op54_write_state3 == 1'b1) & (1'b0 == ap_block_pp0_stage0_11001))) begin
        app_conv_combine_l2_input_data_0_V_eop1_update = 1'b1;
    end else begin
        app_conv_combine_l2_input_data_0_V_eop1_update = 1'b0;
    end
end

always @ (*) begin
    if (((1'b0 == ap_block_pp0_stage0) & (ap_enable_reg_pp0_iter1 == 1'b1) & (1'b1 == ap_CS_fsm_pp0_stage0) & (((empty_n_4_reg_612 == 1'd1) & (empty_n_3_reg_594 == 1'd1) & (empty_n_reg_589 == 1'd0) & (reset_reg_208 == 1'd0)) | ((empty_n_3_reg_594 == 1'd1) & (data_1_ready_reg_184 == 1'd1) & (empty_n_reg_589 == 1'd0) & (reset_reg_208 == 1'd0)) | ((empty_n_4_reg_612 == 1'd1) & (data_0_ready_reg_196 == 1'd1) & (empty_n_reg_589 == 1'd0) & (reset_reg_208 == 1'd0)) | ((data_1_ready_reg_184 == 1'd1) & (data_0_ready_reg_196 == 1'd1) & (empty_n_reg_589 == 1'd0) & (reset_reg_208 == 1'd0))))) begin
        app_conv_combine_l2_input_data_0_V_eop_blk_n = app_conv_combine_l2_input_data_0_V_eop_full_n;
    end else begin
        app_conv_combine_l2_input_data_0_V_eop_blk_n = 1'b1;
    end
end

always @ (*) begin
    if (((ap_phi_mux_reset_phi_fu_212_p4 == 1'd0) & (1'b1 == ap_CS_fsm_pp0_stage0) & (reset_app_conv_combine_l1_0_V_empty_n == 1'b1) & (ap_enable_reg_pp0_iter0 == 1'b1) & (1'b0 == ap_block_pp0_stage0_11001))) begin
        reset_app_conv_combine_l1_0_V_read = 1'b1;
    end else begin
        reset_app_conv_combine_l1_0_V_read = 1'b0;
    end
end

always @ (*) begin
    case (ap_CS_fsm)
        ap_ST_fsm_state1 : begin
            if (((ap_start == 1'b1) & (1'b1 == ap_CS_fsm_state1))) begin
                ap_NS_fsm = ap_ST_fsm_pp0_stage0;
            end else begin
                ap_NS_fsm = ap_ST_fsm_state1;
            end
        end
        ap_ST_fsm_pp0_stage0 : begin
            ap_NS_fsm = ap_ST_fsm_pp0_stage0;
        end
        default : begin
            ap_NS_fsm = 'bx;
        end
    endcase
end

assign ap_CS_fsm_pp0_stage0 = ap_CS_fsm[32'd1];

assign ap_CS_fsm_state1 = ap_CS_fsm[32'd0];

assign ap_block_pp0_stage0 = ~(1'b1 == 1'b1);

always @ (*) begin
    ap_block_pp0_stage0_01001 = ((app_conv_combine_l2_input_data_0_V_eop1_status == 1'b0) & (ap_enable_reg_pp0_iter1 == 1'b1) & (ap_predicate_op54_write_state3 == 1'b1));
end

always @ (*) begin
    ap_block_pp0_stage0_11001 = ((app_conv_combine_l2_input_data_0_V_eop1_status == 1'b0) & (ap_enable_reg_pp0_iter1 == 1'b1) & (ap_predicate_op54_write_state3 == 1'b1));
end

always @ (*) begin
    ap_block_pp0_stage0_subdone = ((app_conv_combine_l2_input_data_0_V_eop1_status == 1'b0) & (ap_enable_reg_pp0_iter1 == 1'b1) & (ap_predicate_op54_write_state3 == 1'b1));
end

assign ap_block_state2_pp0_stage0_iter0 = ~(1'b1 == 1'b1);

always @ (*) begin
    ap_block_state3_pp0_stage0_iter1 = ((app_conv_combine_l2_input_data_0_V_eop1_status == 1'b0) & (ap_predicate_op54_write_state3 == 1'b1));
end

always @ (*) begin
    ap_condition_224 = (((empty_n_4_reg_612 == 1'd1) & (empty_n_3_reg_594 == 1'd1) & (data_1_ready_reg_184 == 1'd0) & (empty_n_reg_589 == 1'd0) & (reset_reg_208 == 1'd0)) | ((empty_n_4_reg_612 == 1'd1) & (data_0_ready_reg_196 == 1'd1) & (data_1_ready_reg_184 == 1'd0) & (empty_n_reg_589 == 1'd0) & (reset_reg_208 == 1'd0)));
end

always @ (*) begin
    ap_condition_239 = (((empty_n_3_reg_594 == 1'd1) & (empty_n_4_reg_612 == 1'd0) & (data_1_ready_reg_184 == 1'd0) & (empty_n_reg_589 == 1'd0) & (reset_reg_208 == 1'd0)) | ((data_0_ready_reg_196 == 1'd1) & (empty_n_4_reg_612 == 1'd0) & (data_1_ready_reg_184 == 1'd0) & (empty_n_reg_589 == 1'd0) & (reset_reg_208 == 1'd0)));
end

always @ (*) begin
    ap_condition_245 = ((empty_n_3_reg_594 == 1'd0) & (data_0_ready_reg_196 == 1'd0) & (empty_n_reg_589 == 1'd0) & (reset_reg_208 == 1'd0));
end

always @ (*) begin
    ap_condition_265 = ((1'b1 == ap_CS_fsm_pp0_stage0) & (ap_enable_reg_pp0_iter0 == 1'b1) & (1'b0 == ap_block_pp0_stage0_11001));
end

always @ (*) begin
    ap_condition_273 = ((empty_n_reg_589 == 1'd0) & (reset_reg_208 == 1'd0) & (1'b0 == ap_block_pp0_stage0) & (ap_enable_reg_pp0_iter1 == 1'b1) & (1'b1 == ap_CS_fsm_pp0_stage0));
end

always @ (*) begin
    ap_condition_63 = ((1'b0 == ap_block_pp0_stage0) & (ap_enable_reg_pp0_iter1 == 1'b1) & (1'b1 == ap_CS_fsm_pp0_stage0));
end

always @ (*) begin
    ap_condition_81 = (((empty_n_3_reg_594 == 1'd1) & (data_1_ready_reg_184 == 1'd1) & (empty_n_reg_589 == 1'd0) & (reset_reg_208 == 1'd0)) | ((data_1_ready_reg_184 == 1'd1) & (data_0_ready_reg_196 == 1'd1) & (empty_n_reg_589 == 1'd0) & (reset_reg_208 == 1'd0)));
end

always @ (*) begin
    ap_condition_87 = (((empty_n_4_reg_612 == 1'd1) & (empty_n_3_reg_594 == 1'd1) & (empty_n_reg_589 == 1'd0) & (reset_reg_208 == 1'd0)) | ((empty_n_3_reg_594 == 1'd1) & (data_1_ready_reg_184 == 1'd1) & (empty_n_reg_589 == 1'd0) & (reset_reg_208 == 1'd0)) | ((empty_n_4_reg_612 == 1'd1) & (data_0_ready_reg_196 == 1'd1) & (empty_n_reg_589 == 1'd0) & (reset_reg_208 == 1'd0)) | ((data_1_ready_reg_184 == 1'd1) & (data_0_ready_reg_196 == 1'd1) & (empty_n_reg_589 == 1'd0) & (reset_reg_208 == 1'd0)));
end

assign ap_done = 1'b0;

assign ap_enable_pp0 = (ap_idle_pp0 ^ 1'b1);

assign ap_phi_reg_pp0_iter0_reset_1_reg_392 = 'bx;

assign ap_phi_reg_pp0_iter1_data_0_ready_1_reg_284 = 'bx;

assign ap_phi_reg_pp0_iter1_data_0_ready_2_reg_379 = 'bx;

assign ap_phi_reg_pp0_iter1_data_0_ready_be_reg_467 = 'bx;

assign ap_phi_reg_pp0_iter1_data_1_ready_1_reg_366 = 'bx;

assign ap_phi_reg_pp0_iter1_data_1_ready_be_reg_454 = 'bx;

assign ap_phi_reg_pp0_iter1_input_data_0_0_1_reg_274 = 'bx;

assign ap_phi_reg_pp0_iter1_input_data_0_0_2_reg_353 = 'bx;

assign ap_phi_reg_pp0_iter1_input_data_0_1_1_reg_264 = 'bx;

assign ap_phi_reg_pp0_iter1_input_data_0_1_2_reg_340 = 'bx;

assign ap_phi_reg_pp0_iter1_input_data_0_1_be_reg_428 = 'bx;

assign ap_phi_reg_pp0_iter1_input_data_0_be_reg_441 = 'bx;

assign ap_phi_reg_pp0_iter1_input_data_1_0_1_reg_304 = 'bx;

assign ap_phi_reg_pp0_iter1_input_data_1_0_2_reg_327 = 'bx;

assign ap_phi_reg_pp0_iter1_input_data_1_1_1_reg_294 = 'bx;

assign ap_phi_reg_pp0_iter1_input_data_1_1_2_reg_314 = 'bx;

assign ap_phi_reg_pp0_iter1_input_data_1_1_be_reg_402 = 'bx;

assign ap_phi_reg_pp0_iter1_input_data_1_be_reg_415 = 'bx;

assign ap_phi_reg_pp0_iter1_reset_be_reg_480 = 'bx;

always @ (*) begin
    ap_predicate_op54_write_state3 = (((empty_n_4_reg_612 == 1'd1) & (empty_n_3_reg_594 == 1'd1) & (empty_n_reg_589 == 1'd0) & (reset_reg_208 == 1'd0)) | ((empty_n_3_reg_594 == 1'd1) & (data_1_ready_reg_184 == 1'd1) & (empty_n_reg_589 == 1'd0) & (reset_reg_208 == 1'd0)) | ((empty_n_4_reg_612 == 1'd1) & (data_0_ready_reg_196 == 1'd1) & (empty_n_reg_589 == 1'd0) & (reset_reg_208 == 1'd0)) | ((data_1_ready_reg_184 == 1'd1) & (data_0_ready_reg_196 == 1'd1) & (empty_n_reg_589 == 1'd0) & (reset_reg_208 == 1'd0)));
end

assign ap_ready = 1'b0;

assign app_conv_combine_l1_input_data_0_V_data_V_read = app_conv_combine_l1_input_data_0_V_eop0_update;

assign app_conv_combine_l1_input_data_0_V_eop_read = app_conv_combine_l1_input_data_0_V_eop0_update;

assign app_conv_combine_l1_input_data_1_V_data_V_read = app_conv_combine_l1_input_data_1_V_eop0_update;

assign app_conv_combine_l1_input_data_1_V_eop_read = app_conv_combine_l1_input_data_1_V_eop0_update;

assign app_conv_combine_l2_input_data_0_V_data_V_din = {{ap_phi_mux_input_data_1_0_1_phi_fu_307_p4}, {ap_phi_mux_input_data_0_0_1_phi_fu_277_p4}};

assign app_conv_combine_l2_input_data_0_V_data_V_write = app_conv_combine_l2_input_data_0_V_eop1_update;

assign app_conv_combine_l2_input_data_0_V_eop1_status = (app_conv_combine_l2_input_data_0_V_eop_full_n & app_conv_combine_l2_input_data_0_V_data_V_full_n);

assign app_conv_combine_l2_input_data_0_V_eop_din = (ap_phi_mux_input_data_1_1_1_phi_fu_297_p4 | ap_phi_mux_input_data_0_1_1_phi_fu_267_p4);

assign app_conv_combine_l2_input_data_0_V_eop_write = app_conv_combine_l2_input_data_0_V_eop1_update;

assign empty_n_1_nbread_fu_158_p3_0 = (app_conv_combine_l1_input_data_0_V_eop_empty_n & app_conv_combine_l1_input_data_0_V_data_V_empty_n);

assign empty_n_2_nbread_fu_166_p3_0 = (app_conv_combine_l1_input_data_1_V_eop_empty_n & app_conv_combine_l1_input_data_1_V_data_V_empty_n);

assign empty_n_3_fu_501_p1 = empty_n_1_nbread_fu_158_p3_0;

assign empty_n_fu_497_p1 = reset_app_conv_combine_l1_0_V_empty_n;

assign not_s_fu_556_p2 = (tmp_4_fu_550_p2 ^ 1'd1);

assign p_reset_1_fu_562_p2 = (not_s_fu_556_p2 & ap_phi_reg_pp0_iter1_reset_1_reg_392);

assign p_s_fu_569_p3 = ((tmp_4_fu_550_p2[0:0] === 1'b1) ? 32'd0 : reset_cnt_1_fu_544_p2);

assign reset_cnt_1_fu_544_p2 = (reset_cnt_fu_148 + 32'd1);

assign tmp_4_fu_550_p2 = ((reset_cnt_1_fu_544_p2 == 32'd2048) ? 1'b1 : 1'b0);

endmodule //app_conv_combine_l1_0